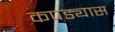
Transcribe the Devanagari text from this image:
कपड्यास